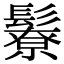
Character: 𩯊